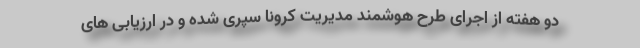
دو هفته از اجرای طرح هوشمند مدیریت کرونا سپری شده و در ارزیابی های